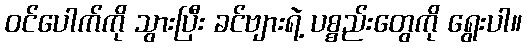
ဝင်ပေါက်ကို သွားပြီး ခင်ဗျားရဲ့ ပစ္စည်းတွေကို ရွေးပါ။